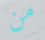
من